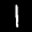
Label: 1